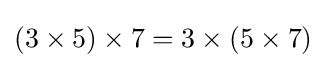
(3\times 5)\times 7=3\times (5\times 7)